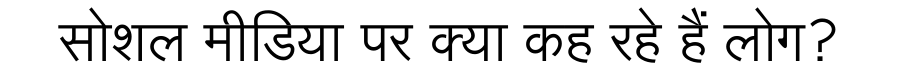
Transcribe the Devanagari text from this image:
सोशल मीडिया पर क्या कह रहे हैं लोग?